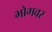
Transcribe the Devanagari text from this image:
भोगवर